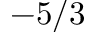
- 5 / 3